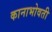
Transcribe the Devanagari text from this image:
कानाभोवती